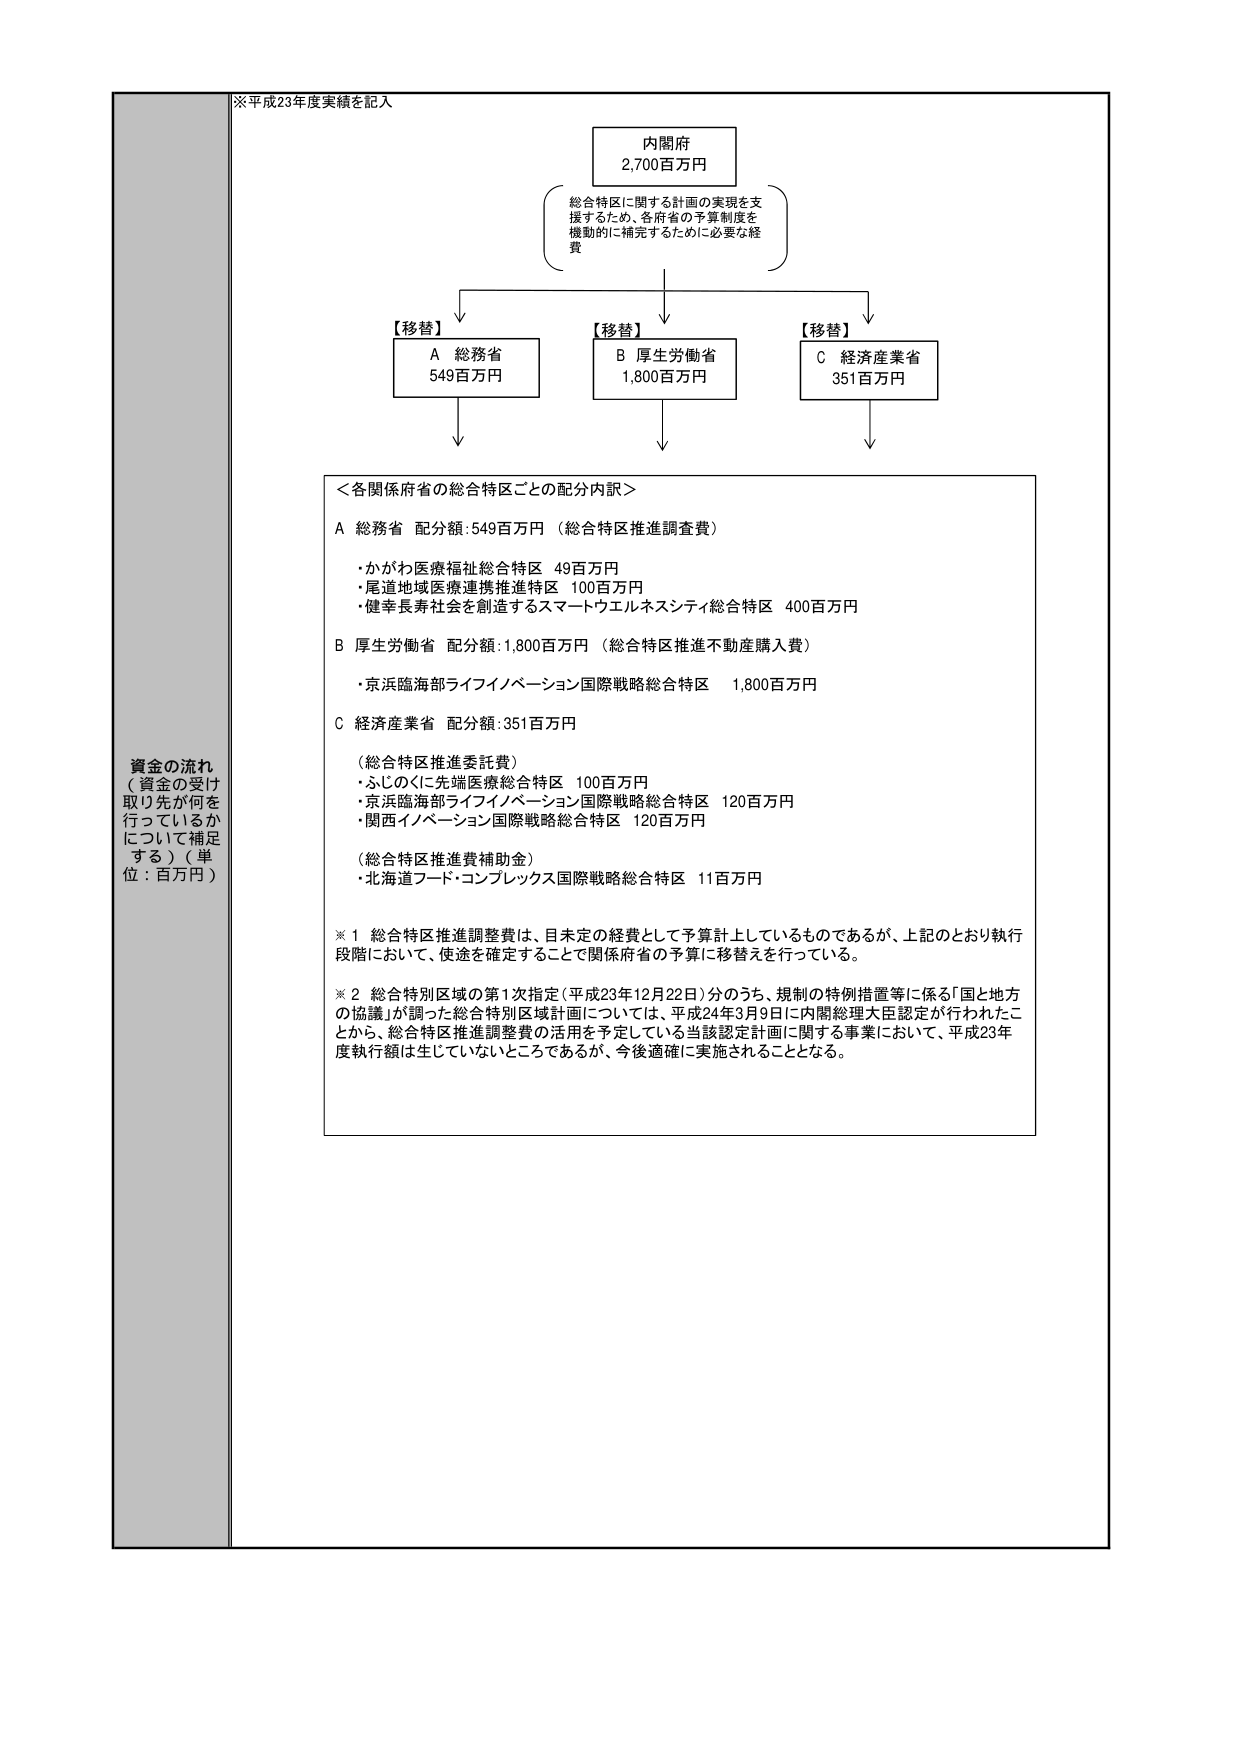
※平成23年度実績を記入

内閣府
2,700百万円

総合特区に関する計画の実現を支
援するため、各府省の予算制度を
機動的に補完するために必要な経
費

【移替】
A 総務省
549百万円

【移替】
B 厚生労働省
1,800百万円

【移替】
C 経済産業省
351百万円

＜各関係府省の総合特区ごとの配分内訳＞

A 総務省 配分額：549百万円（総合特区推進調査費）
・かがわ医療福祉総合特区 49百万円
・尾道地域医療連携推進特区 100百万円
・健康長寿社会を創造するスマートウエルネスシティ総合特区 400百万円

B 厚生労働省 配分額：1,800百万円（総合特区推進不動産購入費）
・京浜臨海部ライフイノベーション国際戦略総合特区 1,800百万円

C 経済産業省 配分額：351百万円
（総合特区推進委託費）
・ふじのくに先端医療総合特区 100百万円
・京浜臨海部ライフイノベーション国際戦略総合特区 120百万円
・関西イノベーション国際戦略総合特区 120百万円
（総合特区推進費補助金）
・北海道フード・コンプレックス国際戦略総合特区 11百万円

※1 総合特区推進調整費は、目未定の経費として予算計上しているものであるが、上記のとおり執行
段階において、使途を確定することで関係府省の予算に移替えを行っている。

※2 総合特別区域の第1次指定（平成23年12月22日）分のうち、規制の特例措置等に係る「国と地方
の協議」が調った総合特別区域計画については、平成24年3月9日に内閣総理大臣認定が行われたこ
とから、総合特区推進調整費の活用を予定している当該認定計画に関する事業において、平成23年
度執行額は生じていないところであるが、今後適確に実施されることとなる。

資金の流れ
（資金の受け
取り先が何を
行っているか
について補足
する）（単
位：百万円）